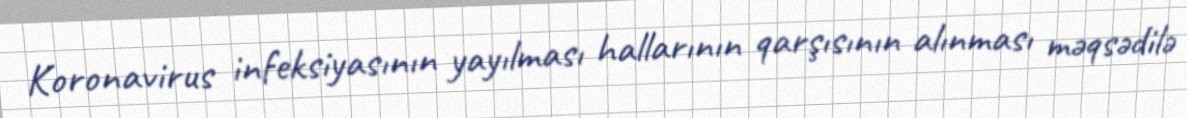
Koronavirus infeksiyasının yayılması hallarının qarşısının alınması məqsədilə